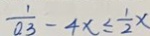
\frac { 1 } { 0 . 3 } - 4 x \leq \frac { 1 } { 2 } x